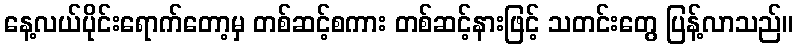
နေ့လယ်ပိုင်းရောက်တော့မှ တစ်ဆင့်စကား တစ်ဆင့်နားဖြင့် သတင်းတွေ ပြန့်လာသည်။